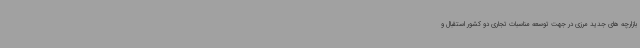
بازارچه های جدید مرزی در جهت توسعه مناسبات تجاری دو کشور استقبال و